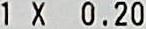
1 X 0.20